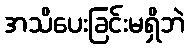
အသိပေးခြင်းမရှိဘဲ